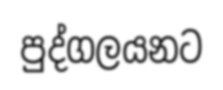
පුද්ගලයනට